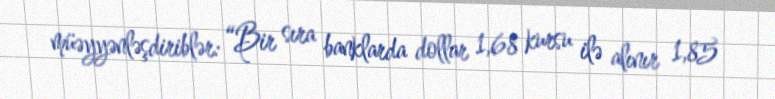
müəyyənləşdiriblər: “Bir sıra banklarda dollar 1,68 kursu ilə alınır 1,85